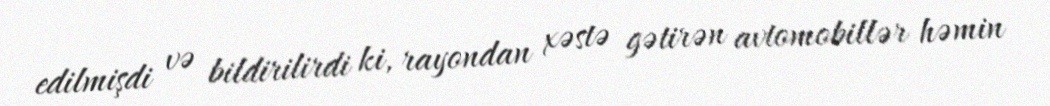
edilmişdi və bildirilirdi ki, rayondan xəstə gətirən avtomobillər həmin